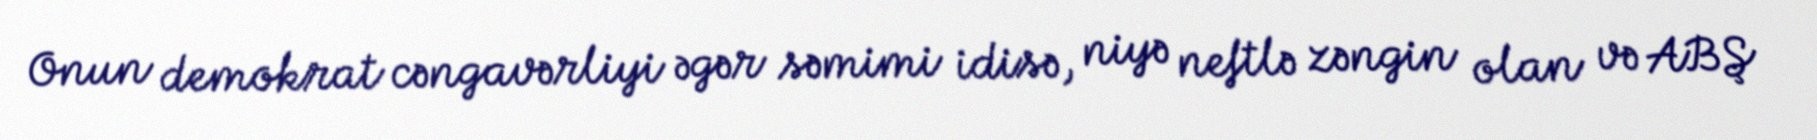
Onun demokrat cəngavərliyi əgər səmimi idisə, niyə neftlə zəngin olan və ABŞ